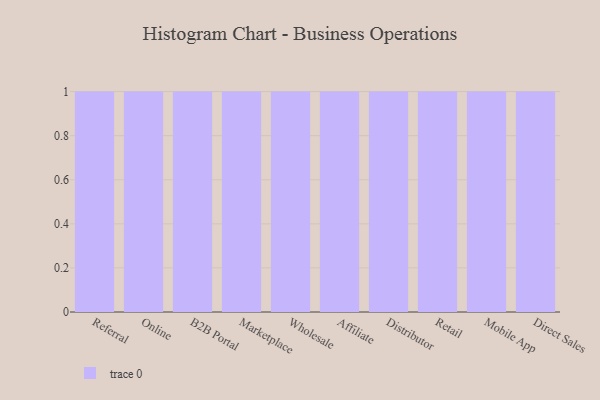
{"axis": {"x": "Channel", "y": "Website Visitors"}, "legend": [""], "data": [{"x": "Referral", "y": 67, "type": ""}, {"x": "Online", "y": 82, "type": ""}, {"x": "B2B Portal", "y": 63, "type": ""}, {"x": "Marketplace", "y": 89, "type": ""}, {"x": "Wholesale", "y": 90, "type": ""}, {"x": "Affiliate", "y": 99, "type": ""}, {"x": "Distributor", "y": 17, "type": ""}, {"x": "Retail", "y": 18, "type": ""}, {"x": "Mobile App", "y": 26, "type": ""}, {"x": "Direct Sales", "y": 12, "type": ""}]}